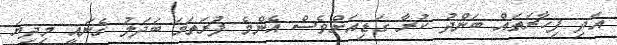
އަދި ފިހާރަތައް ބަންދު ކުރާ ގަޑިއަށްވެސް އެންމެ ފުރަތަމަ ބަދަލު ގެނައީ މިދިޔަ